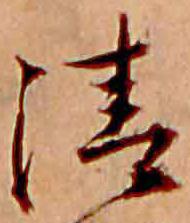
清